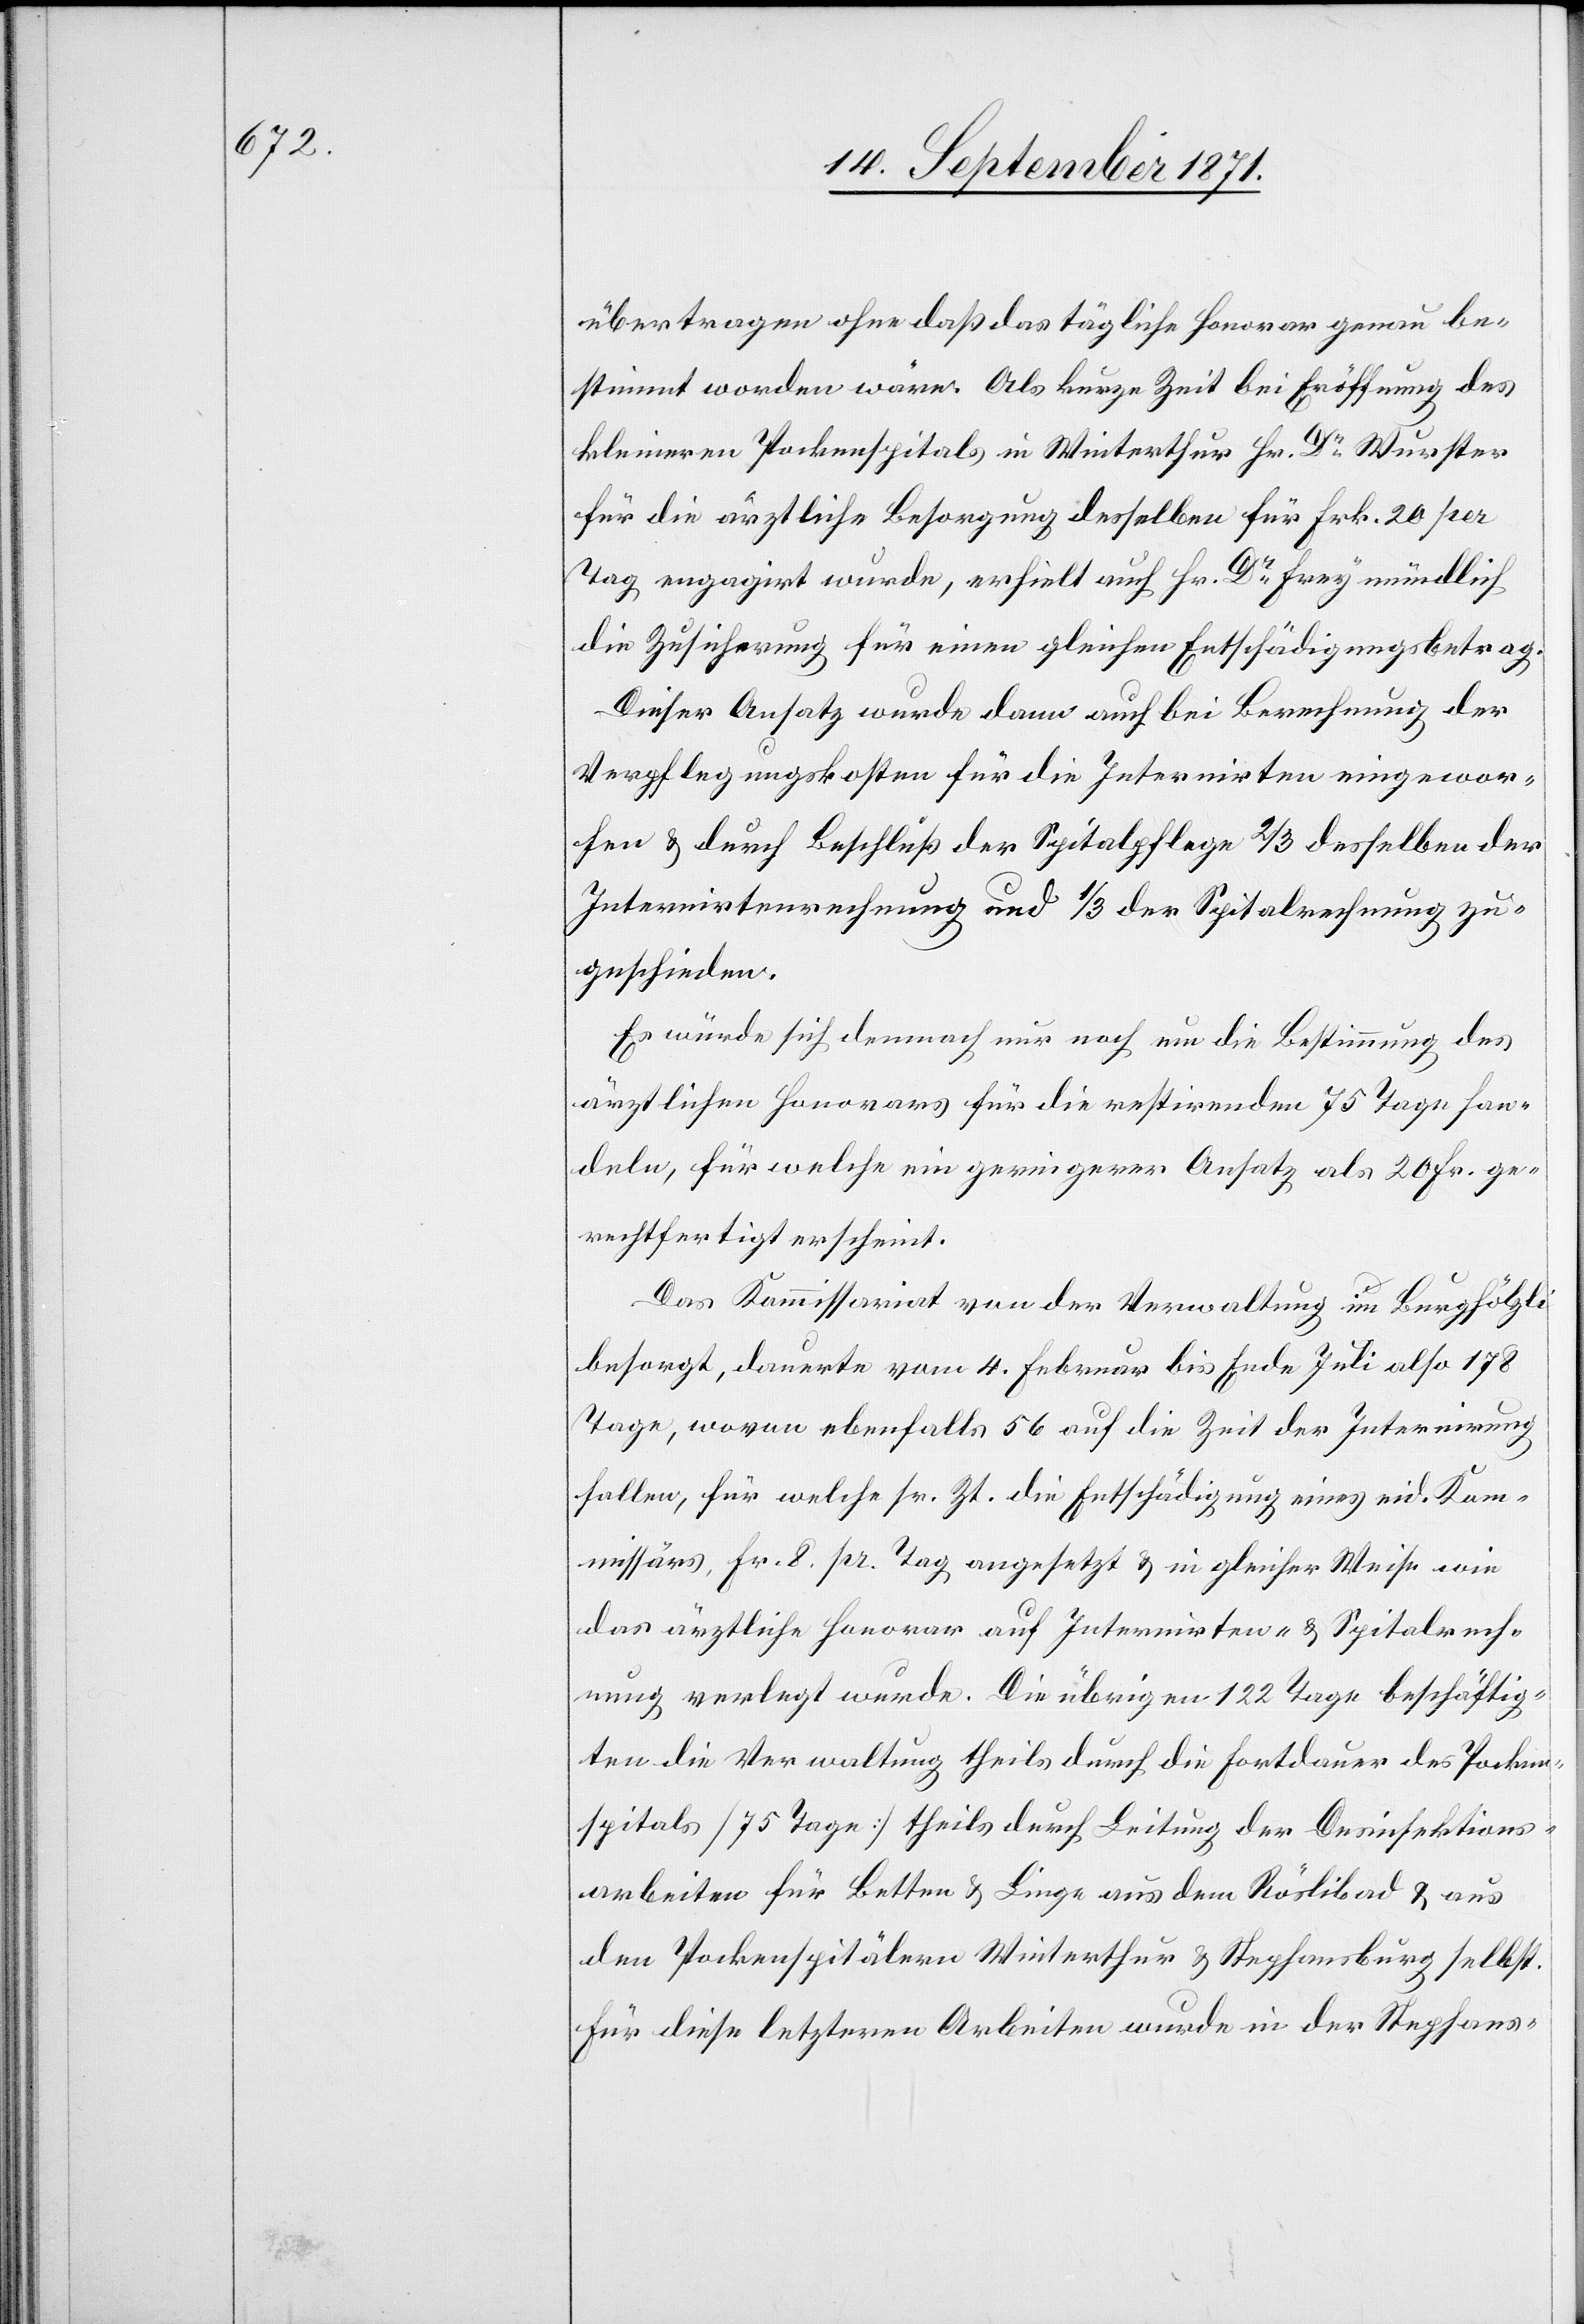
übertragen ohne daß das tägliche Honorar genau be¬
stimmt worden wäre. Als kurze Zeit bei Eröffnung des
kleineren Pockenspitals in Winterthur Hr. Dr Wurster
für die ärztliche Besorgung desselben für Frk. 20 per
Tag engagirt wurde, erhielt auch Hr. Dr Frey mündlich
die Zusicherung für einen gleichen Entschädigungsbetrag.
Dieser Ansatz wurde dann auf die Berechnung der
Verpflegungskosten für die Internirten eingewor¬
fen & durch Beschluß der Spitalpflege 2/3 desselben der
Internirtenrechnung und 1/3 der Spitalrechnung zu¬
geschieden.
Es würde sich demnach nur noch um die Bestimmung des
ärztlichen Honorars für die restirenden 75 Tage han¬
deln, für welche ein geringerer Ansatz als 20 Fr. ge¬
rechtfertigt erscheint.
Das Kommissariat von der Verwaltung im Burghölzli
besorgt, darunter vom 4. Februar bis Ende Juli also 178
Tage, wovon ebenfalls 56 auf die Zeit der Internirung
fallen, für welche sr. Zt. die Entschädigung eines eid. Kom¬
missärs, Fr. 8 pr. Tag angesetzt & in gleicher Weise wie
das ärztliche Honorar auf Internirten- & Spitalrech¬
nung verlangt wurde. Die übrigen 122 Tage beschäftig¬
te die Verwaltung theils durch die Fortdauer des Pocken¬
spitals [75 Tage] theils durch Leitung der Desinfektions¬
arbeiten für Betten & Linge dem Röslibad & aus
den Pockenspitälern Winterthur & Stephansburg selbst.
Für diese letzteren Arbeiten wurde in der Stephans-